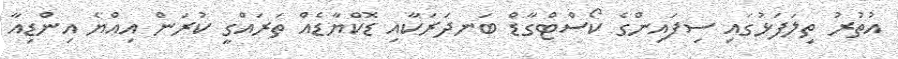
އުތުރު ތިލަފަޅުގައި ސިފައިންގެ ކޯސްޓްގާޑް ބަނދަރަކާއި ޑޮކްޔާޑެއް ތަރައްގީ ކުރަން އިއްޔެ އިންޑިއާ